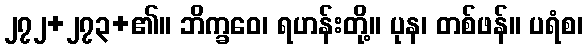
၂၇၂+၂၇၃+၏။ ဘိက္ခဝေ၊ ရဟန်းတို့။ ပုန၊ တစ်ဖန်။ ပရံစ၊